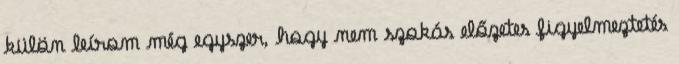
külön leírom még egyszer, hogy nem szokás előzetes figyelmeztetés